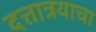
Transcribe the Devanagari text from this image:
दत्तात्रयाचा